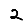
Digit: 2